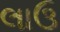
લાઉ